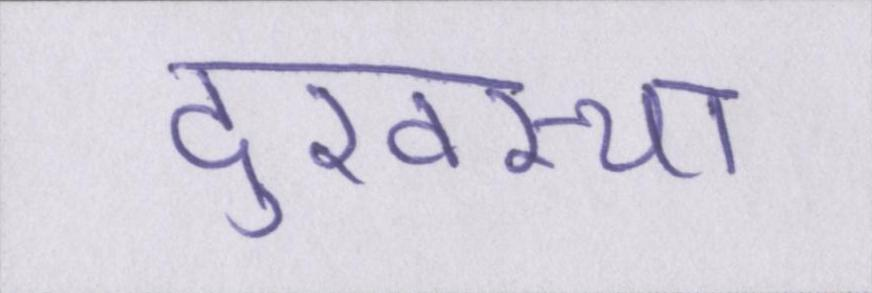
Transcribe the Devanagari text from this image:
दुरवस्था